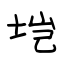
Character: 垲